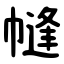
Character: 㡝